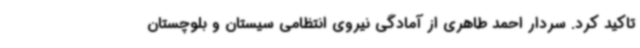
تاکید کرد. سردار احمد طاهری از آمادگی نیروی انتظامی سیستان و بلوچستان